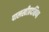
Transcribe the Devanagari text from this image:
पालखीप्रदक्षिणा